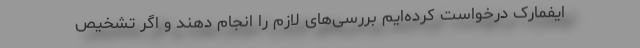
ایفمارک درخواست کرده‌ایم بررسی‌های لازم را انجام دهند و اگر تشخیص